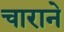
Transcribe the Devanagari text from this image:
चाराने